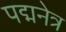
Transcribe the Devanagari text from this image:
पद्मनेत्र